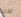
لدينا